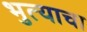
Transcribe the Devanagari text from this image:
भुत्याचा